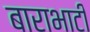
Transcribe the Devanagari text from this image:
बाराभाटी